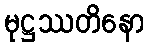
မုဋ္ဌဿတိနော